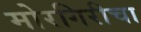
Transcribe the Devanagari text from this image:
मोरगिरीचा